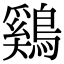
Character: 鷄